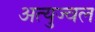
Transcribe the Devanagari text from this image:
अत्युज्वल